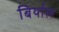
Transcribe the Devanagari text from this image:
बिर्याल